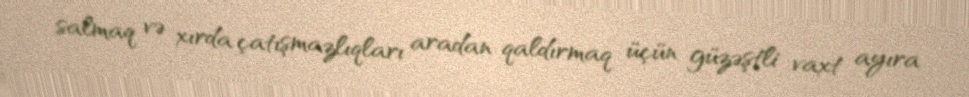
salmaq və xırda çatışmazlıqları aradan qaldırmaq üçün güzəştli vaxt ayıra